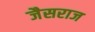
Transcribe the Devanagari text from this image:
जैसराज